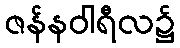
ဇန်နဝါရီလ၌